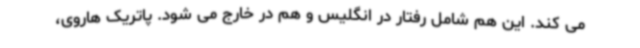
می کند. این هم شامل رفتار در انگلیس و هم در خارج می شود. پاتریک هاروی،